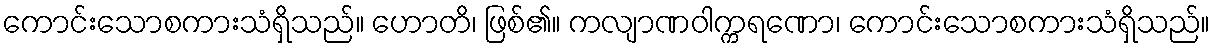
ကောင်းသောစကားသံရှိသည်။ ဟောတိ၊ ဖြစ်၏။ ကလျာဏဝါက္ကရဏော၊ ကောင်းသောစကားသံရှိသည်။